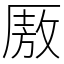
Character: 厫